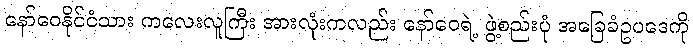
နော်ဝေနိုင်ငံသား ကလေးလူကြီး အားလုံးကလည်း နော်ဝေရဲ့ ဖွဲ့စည်းပုံ အခြေခံဥပဒေကို